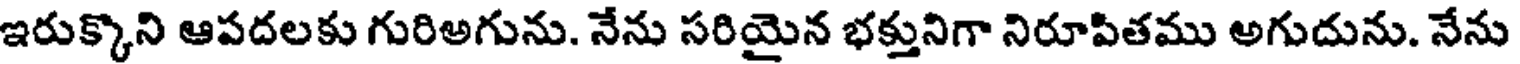
ఇరుక్కొని ఆపదలకు గురిఅగును. నేను సరియైన భక్తునిగా నిరూపితము అగుదును. నేను